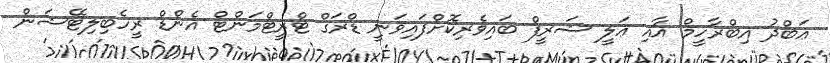
ޢަބްދު އިބްރާހީމް އާއި ޢަލީ ޝަރީފް ބައިވެރިކޮށްފައިވަނީ ޑްރަގް ޓްރީޓްމަންޓް އެންޑް ރީހެބިލިޓޭޝަން